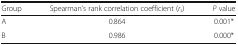
<table><thead><tr><td><b>Group</b></td><td><b>Spearman’s rank correlation coefficient (<i>r</i><sub><i>s</i></sub>)</b></td><td><b><i>P</i> value</b></td></tr></thead><tbody><tr><td>A</td><td>0.864</td><td>0.001*</td></tr><tr><td>B</td><td>0.986</td><td>0.000*</td></tr></tbody></table>